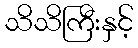
သိသိကြီးနှင့်